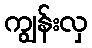
ကျွန်းလှ